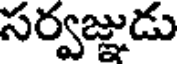
సర్వజ్ఞుడు